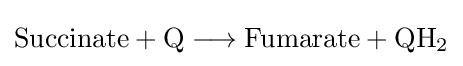
{{\text{Succinate}}{}+{}\mathrm {Q} {}\mathrel {\longrightarrow } {}{\text{Fumarate}}{}+{}\mathrm {QH} {\vphantom {A}}_{\smash[{t}]{2}}}